Civil Veterinary Department Bihar & Orissa reports 1929-36 - 1929-1936
Year: 1929
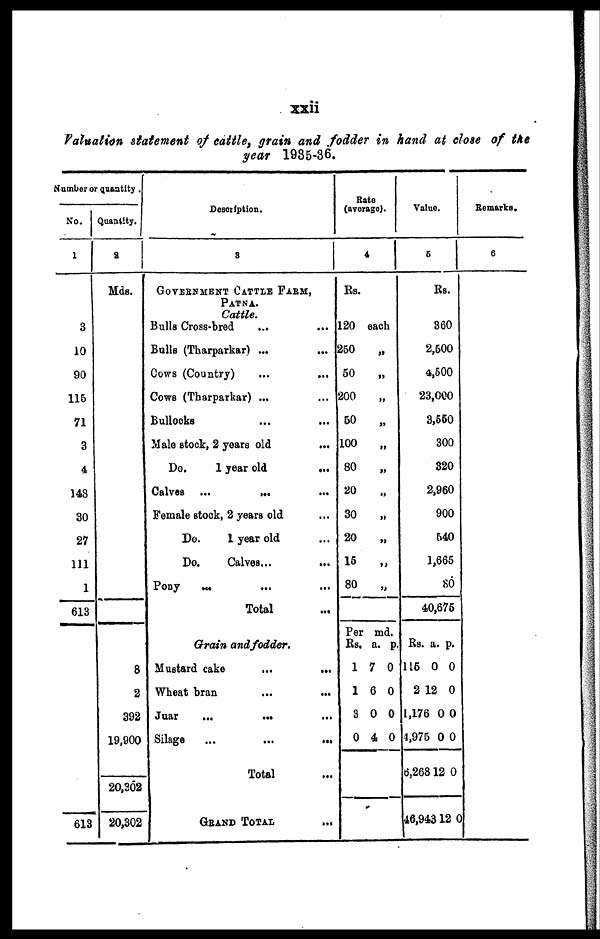
xxii
Valuation statement of cattle, grain and fodder in hand at close of the
year 1935-36.
Number or Quantity .
No.
1
3
10
90
116
71
3
4
143
30
27
111
1
613
613
Quantity.
2
Mds.
8
2
392
19,900
20,202
20,302
Description.
3
GOVERNMENT CATTLE FARM,
PATNA.
Cattle.
Bulla Cross-bred ... ...
Bulls (Tharparkar) ... ...
Cows (Country) ... ...
Cows (Tharparkar) ... ...
Bullocks ... ...
Male stock, 2 years old
...
Do.
1 year old
...
Calves ...
...
...
Female stock, 2 years old ...
Do.
1 year old ...
Do.
Calves... ...
Pony ... ... ...
Total ...
Grain and fodder.
Mustard cake
...
...
Wheat bran ... ...
Juar
...
... ...
Silage
...
...
...
Total ...
GRAND TOTAL ...
Rate
(average).
4
Rs.
120 each
250
„
50
„
200
„
50
„
100
„
80
„
20
„
30 „
20
„
15
„
80
„
Per md.
Rs. a. p.
1 7 0
1 6 0
3 0 0
0 4 0
Value.
5
Rs.
360
2,500
4,500
23,000
3,550
300
320
2,960
900
540
1,665
80
40,675
Rs. a. p.
115 0 0
2 12 0
1,176 0 0
4,975 0 0
6,268 12 0
46,943 12 0
Remarks.
6